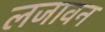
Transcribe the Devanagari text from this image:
लजावन